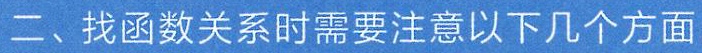
二、找函数关系时需要注意以下几个方面